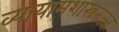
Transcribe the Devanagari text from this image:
व्यायामशास्त्रतज्ज्ञ